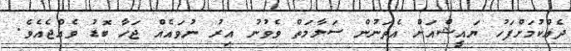
ދެއްކުމަށްފަހު ޔައީޝްއަށް އެތަނުން ސަލާމަތް ވެވުނު އިރު ނުވައެއް ޖަހާ ބޮޑު ވެއްޖެއެވެ.